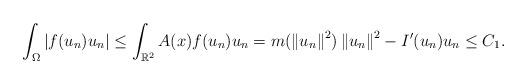
LaTeX: \begin{align*}\int_{\Omega} |f(u_n)u_n| \leq \int_{\mathbb{R}^2} A(x)f(u_n)u_n = m(\left\|u_n\right\|^2)\left\|u_n\right\|^2 - I'(u_n)u_n \leq C_1.\end{align*}